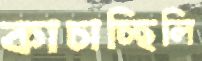
কাচাচ্ছিলি